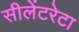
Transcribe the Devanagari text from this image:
सीलेंटरेटा